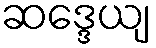
ဆဒ္ဒေယျ